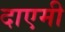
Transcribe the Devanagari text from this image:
दाएमी